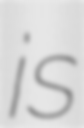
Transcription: is